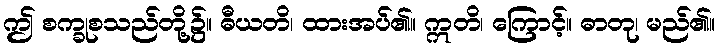
ဤ စက္ခုစသည်တို့၌။ ဓီယတိ၊ ထားအပ်၏။ ဣတိ၊ ကြောင့်။ ဓာတု၊ မည်၏။